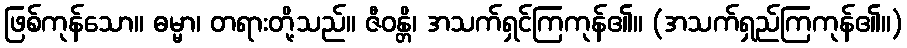
ဖြစ်ကုန်သော။ ဓမ္မာ၊ တရားတို့သည်။ ဇီဝန္တိ၊ အသက်ရှင်ကြကုန်၏။ (အသက်ရှည်ကြကုန်၏။)